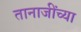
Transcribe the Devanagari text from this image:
तानाजींच्या